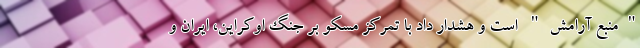
"منبع آرامش" است و هشدار داد با تمرکز مسکو بر جنگ اوکراین، ایران و